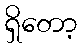
ရှိတော့